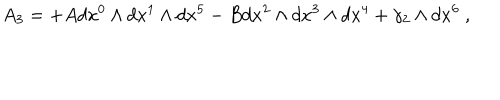
LaTeX: A _ { 3 } = + A d x ^ { 0 } \wedge d x ^ { 1 } \wedge d x ^ { 5 } - B d x ^ { 2 } \wedge d x ^ { 3 } \wedge d x ^ { 4 } + \gamma _ { 2 } \wedge d x ^ { 6 } \ ,